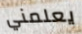
يعلمني